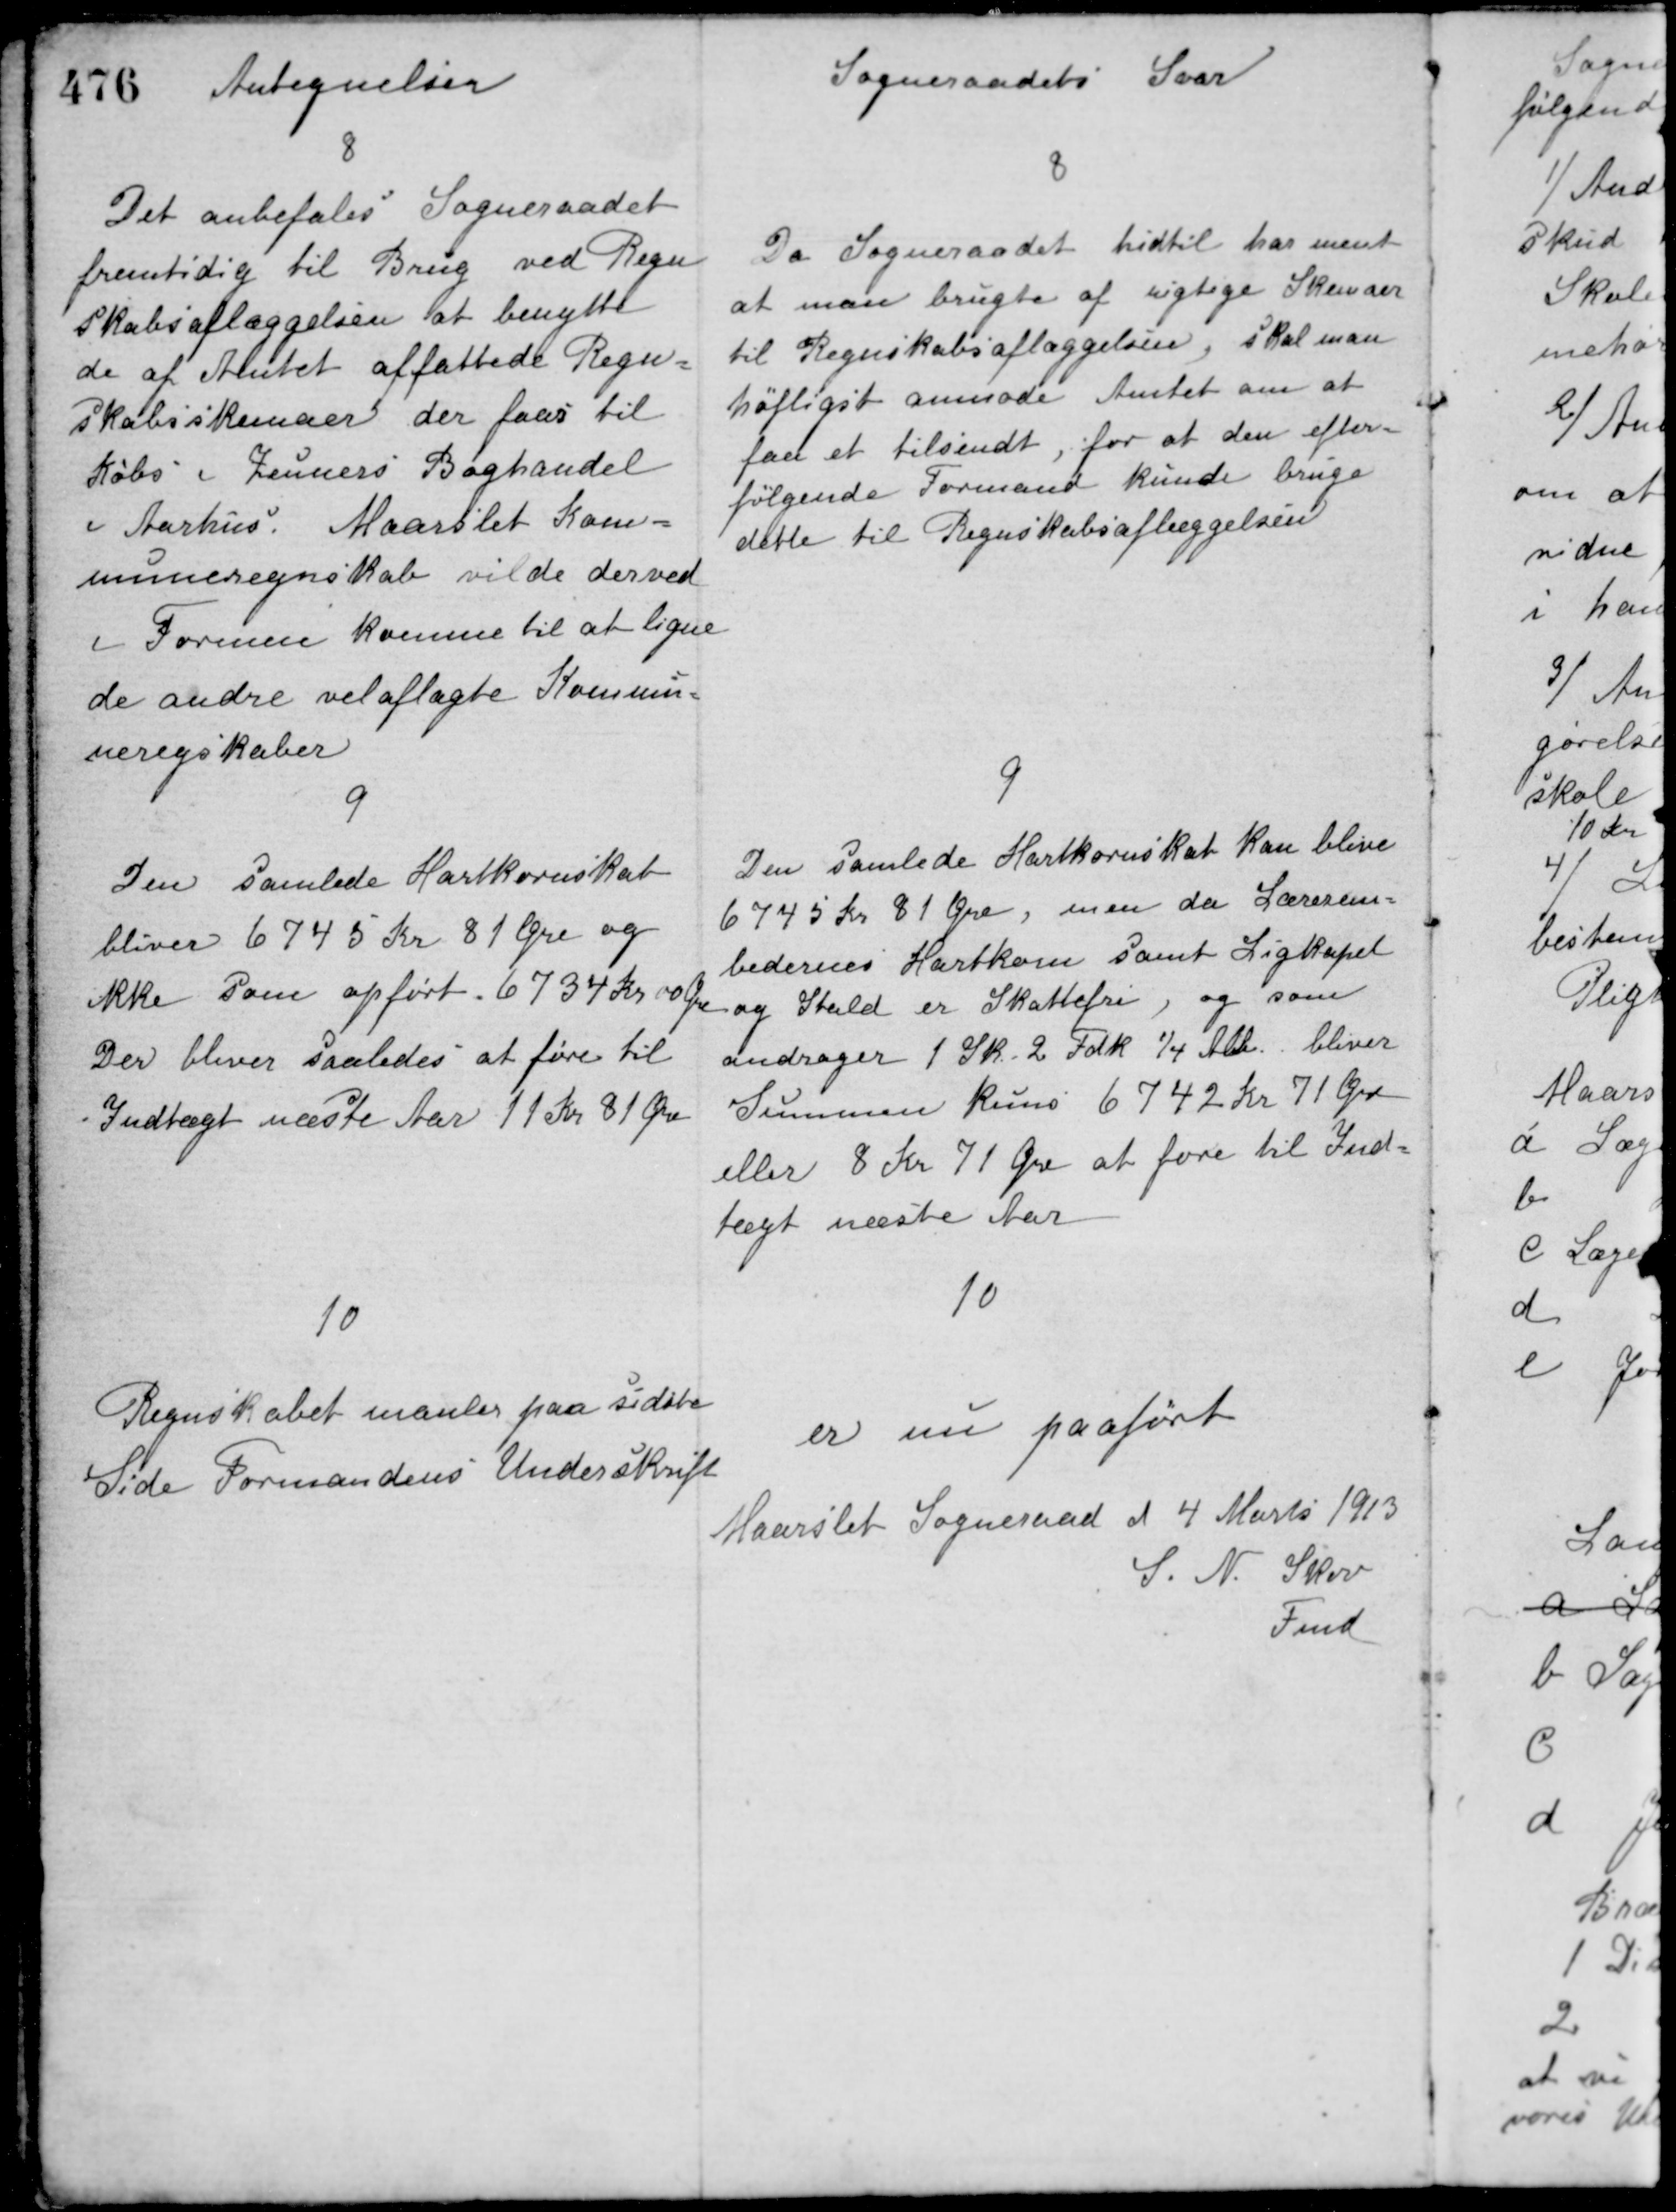
Transskription:
Antegnelser

Sogneraadets Svar

8
Det anbefales Sogneraadet
fremtidig til Brug ved Regn-
skabsaflæggelsen at benytte
de af Amtet affattede Regn-
skabsskemaer der faas til
Købs i Zenners Boghandel
i Aarhus. Maarslet Kom-
muneregnskab vilde derved
i Formen komme til at ligne
de andre velaflagte Kommu-
neregnskaber

8
Da Sogneraadet hidtil har ment
at man brugte af rigtige Skemaer
til Regnskabsaflæggelsen, skal man
høfligst anmode Amtet om at
faa et tilsendt, for at den efter-
følgende Formand kunde bruge
dette til Regnskabsaflæggelsen.

9
Den samlede Hartkornsskat
bliver 6745 Kr. 81 Øre og
ikke som opført 6734 Kr. 00 Øre.
Der bliver saaledes at føre til
Indtægt næste Aar 11 Kr. 81 Øre.

9
Den samlede Hartkornskat kan blive
6745 Kr. 81 Øre, men da Lærerem-
bedernes Hartkorn samt Ligkapel
og Stald er Skattefrie, og som
andrager 1 Sk. 2 Fdk. 1/4 Alb. bliver
Summen kuns 6742 Kr. 71 Øre
eller 8 Kr. 71 Øre at føre til Ind-
tægt næste Aar.

10
Regnskabet manler paa sidste
Side Formandens Underskrift.

10
er nu paaført
Maarslet Sogneraad d 4 Marts 1913
S. N. Skov
Fmd.